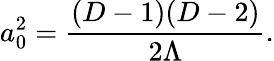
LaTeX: a_{0}^{2}={\frac{(D-1)(D-2)}{2\Lambda}}.